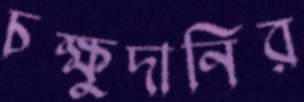
চক্ষুদানির